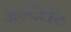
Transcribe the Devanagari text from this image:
अन्देर्लंद